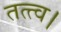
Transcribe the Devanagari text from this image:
तत्त्व।